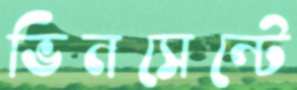
ভিনসেন্টে